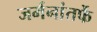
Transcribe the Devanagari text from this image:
जर्मनांतर्फे